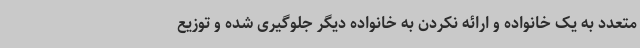
متعدد به یک خانواده و ارائه نکردن به خانواده دیگر جلوگیری شده و توزیع